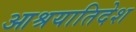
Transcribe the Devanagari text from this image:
आश्रयातिदेश